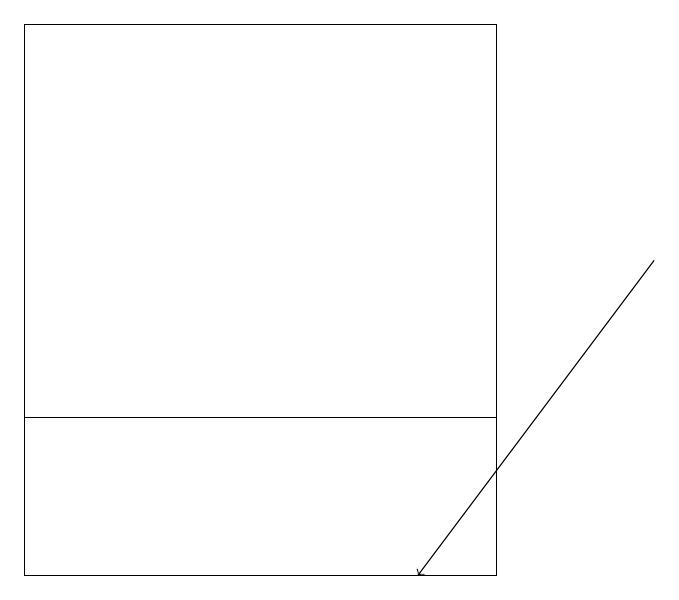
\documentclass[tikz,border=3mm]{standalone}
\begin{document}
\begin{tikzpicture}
\draw (6,19) rectangle (0,12);
\draw (0,14) rectangle (6,14);
\draw[->] (8,16) -- (5,12);
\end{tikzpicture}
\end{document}